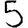
Digit: 5